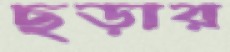
ছড়ার